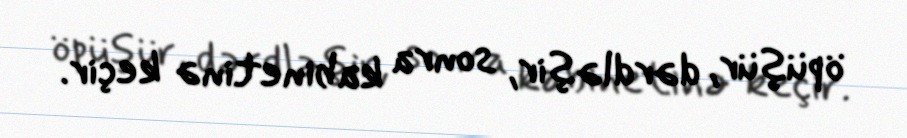
öpüşür, dərdləşir, sonra kabinetinə keçir.